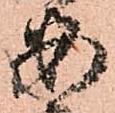
安